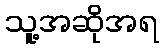
သူ့အဆိုအရ